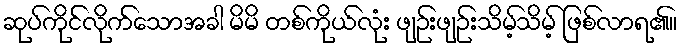
ဆုပ်ကိုင်လိုက်သောအခါ မိမိ တစ်ကိုယ်လုံး ဖျဉ်းဖျဉ်းသိမ့်သိမ့် ဖြစ်လာရ၏။